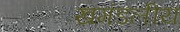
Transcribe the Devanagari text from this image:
खमंडलीय